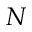
N